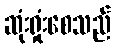
ဆုံးရှုံးစေသည်